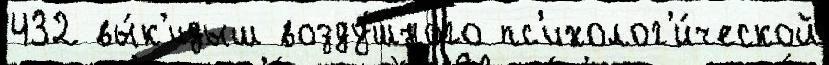
432 вы́к'идыш возду́шного пс'ихолог'и́ческой